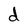
Character: d